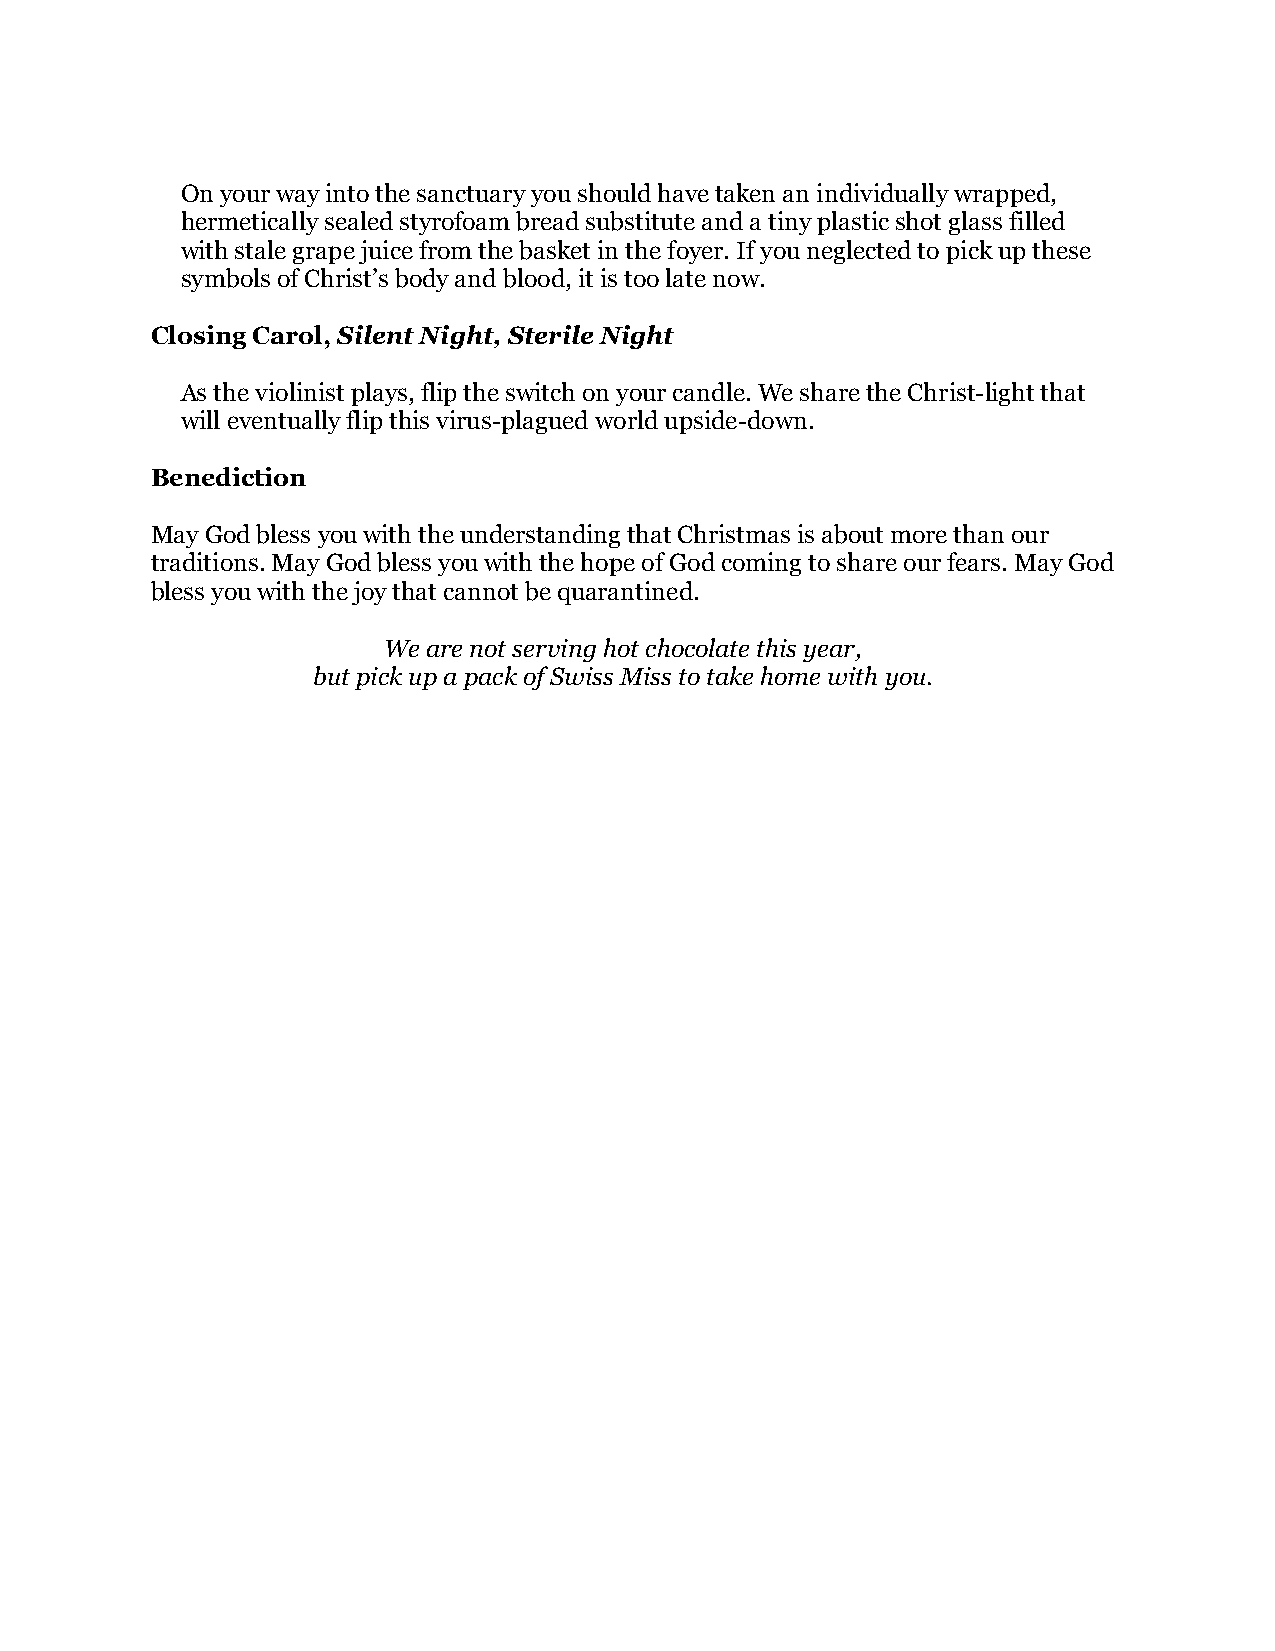
On your way into the sanctuary you should have taken an individually wrapped,
 hermetically sealed styrofoam bread substitute and a tiny plastic shot glass filled
 with stale grape juice from the basket in the foyer. If you neglected to pick up these
 symbols of Christ’s body and blood, it is too late now.
 Closing Carol, Silent Night, Sterile Night
 As the violinist plays, flip the switch on your candle. We share the Christ-light that
 will eventually flip this virus-plagued world upside-down.
 Benediction
 May God bless you with the understanding that Christmas is about more than our
 traditions. May God bless you with the hope of God coming to share our fears. May God
 bless you with the joy that cannot be quarantined.
 We are not serving hot chocolate this year,
 but pick up a pack of Swiss Miss to take home with you.